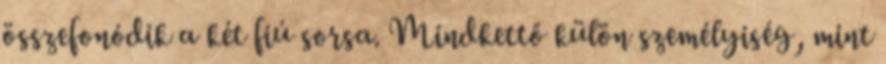
összefonódik a két fiú sorsa. Mindkettő külön személyiség, mint